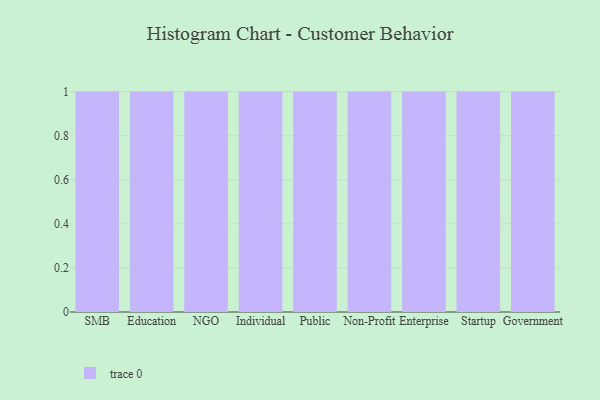
{"axis": {"x": "Segment", "y": "Energy Usage (MWh)"}, "legend": [""], "data": [{"x": "SMB", "y": 3, "type": ""}, {"x": "Education", "y": 53, "type": ""}, {"x": "NGO", "y": 49, "type": ""}, {"x": "Individual", "y": 90, "type": ""}, {"x": "Public", "y": 82, "type": ""}, {"x": "Non-Profit", "y": 19, "type": ""}, {"x": "Enterprise", "y": 23, "type": ""}, {"x": "Startup", "y": 64, "type": ""}, {"x": "Government", "y": 70, "type": ""}]}